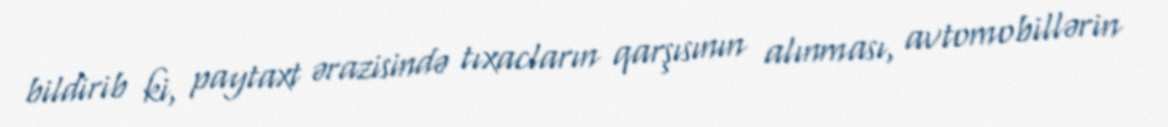
bildirib ki, paytaxt ərazisində tıxacların qarşısının alınması, avtomobillərin